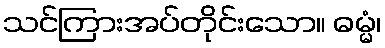
သင်ကြားအပ်တိုင်းသော။ ဓမ္မံ၊